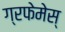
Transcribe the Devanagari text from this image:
ग्रफेमेस्